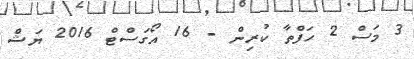
3 މަސް 2 ހަފްތާ ކުރިން - 16 އޯގަސްޓް 2016 ޔަޝް